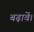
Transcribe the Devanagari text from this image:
बढ़ावें।